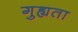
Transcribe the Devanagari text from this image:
गुह्यता